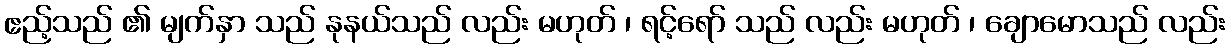
ဧည့်သည် ၏ မျက်နှာ သည် နုနယ်သည် လည်း မဟုတ် ၊ ရင့်ရော် သည် လည်း မဟုတ် ၊ ချောမောသည် လည်း